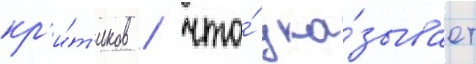
кр'и́т'иков / что́ ука́зывает